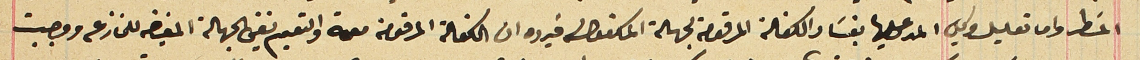
المسَطر واما تعليل وكيل المدعى عليها بفسَاد الكفالة المرقومة لجهة المكفولة فيرده ان الكفالة المرقومة معممة والتعميم نفي الجهالة المفيضه للمنازعه ووجبت